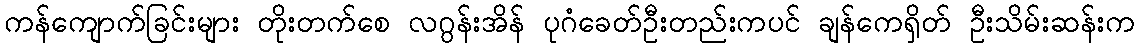
ကန်ကျောက်ခြင်းများ တိုးတက်စေ လဂွန်းအိန် ပုဂံခေတ်ဦးတည်းကပင် ချန်ကေရှိတ် ဦးသိမ်းဆန်းက